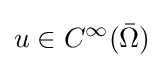
u\in C^{\infty }({\bar {\Omega }})